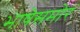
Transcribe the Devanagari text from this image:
भाषेसमोर